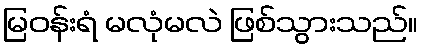
မြဝန်းရံ မလုံမလဲ ဖြစ်သွားသည်။